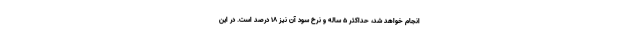
انجام خواهد شد، حداکثر ۵ ساله و نرخ سود آن نیز ۱۸ درصد است. در این